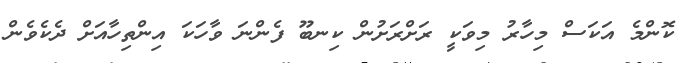
ކޮންމެ އަކަސް މިހާރު މިވަކީ ރަށްރަށުން ކިނބޫ ފެންނަ ވާހަކަ އިންތިހާއަށް ދެކެވެން